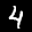
Label: 4